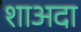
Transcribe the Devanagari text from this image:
शाअदा